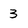
Character: 3